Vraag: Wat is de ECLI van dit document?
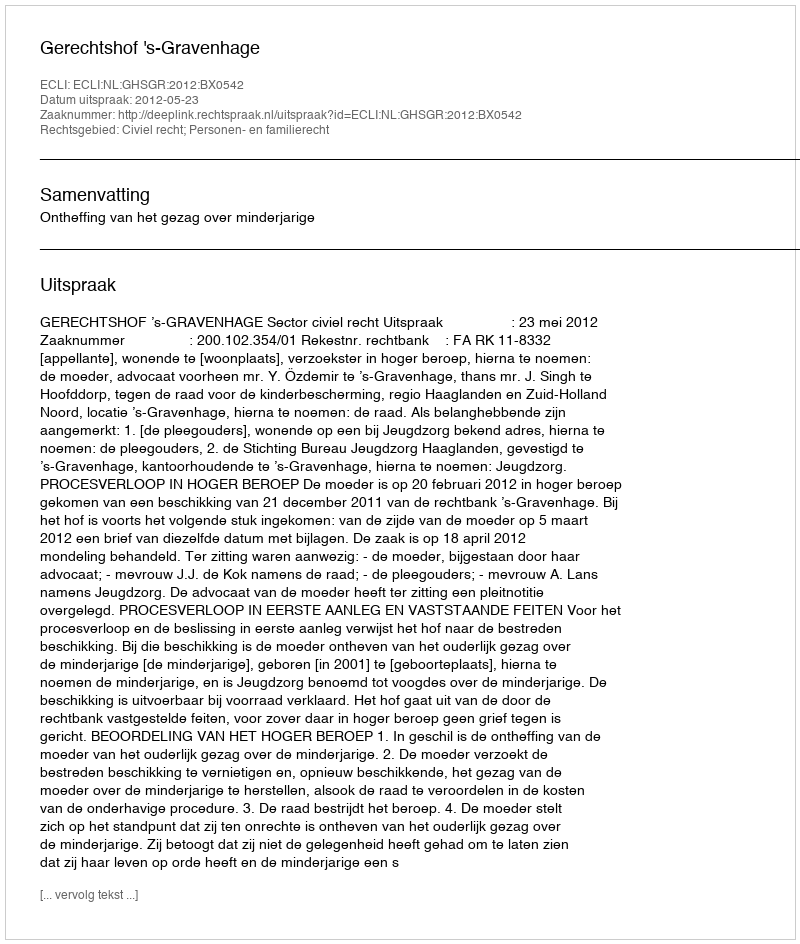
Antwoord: ECLI:NL:GHSGR:2012:BX0542